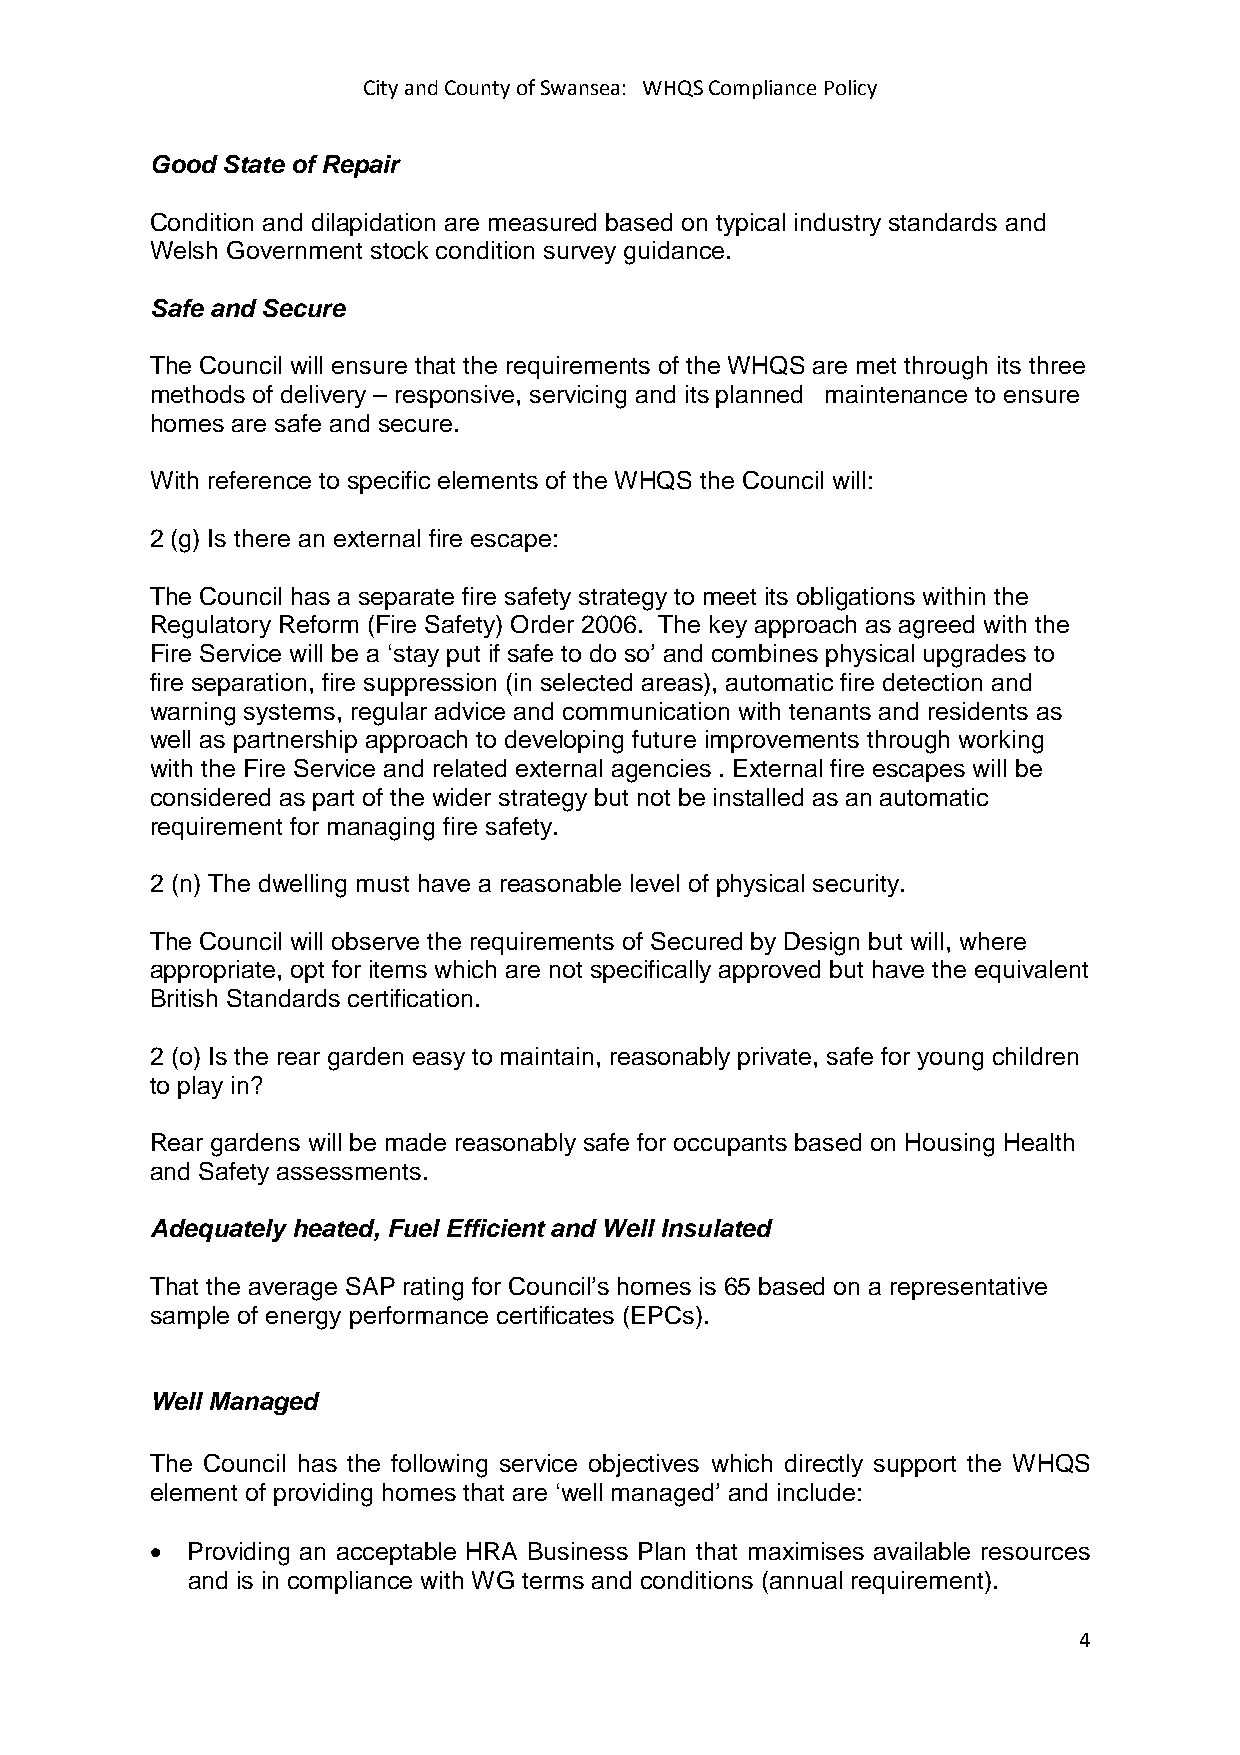
City and County of Swansea: WHQS Compliance Policy
 Good State of Repair
 Condition and dilapidation are measured based on typical industry standards and
 Welsh Government stock condition survey guidance.
 Safe and Secure
 The Council will ensure that the requirements of the WHQS are met through its three
 methods of delivery – responsive, servicing and its planned maintenance to ensure
 homes are safe and secure.
 With reference to specific elements of the WHQS the Council will:
 2 (g) Is there an external fire escape:
 The Council has a separate fire safety strategy to meet its obligations within the
 Regulatory Reform (Fire Safety) Order 2006. The key approach as agreed with the
 Fire Service will be a ‘stay put if safe to do so’ and combines physical upgrades to
 fire separation, fire suppression (in selected areas), automatic fire detection and
 warning systems, regular advice and communication with tenants and residents as
 well as partnership approach to developing future improvements through working
 with the Fire Service and related external agencies . External fire escapes will be
 considered as part of the wider strategy but not be installed as an automatic
 requirement for managing fire safety.
 2 (n) The dwelling must have a reasonable level of physical security.
 The Council will observe the requirements of Secured by Design but will, where
 appropriate, opt for items which are not specifically approved but have the equivalent
 British Standards certification.
 2 (o) Is the rear garden easy to maintain, reasonably private, safe for young children
 to play in?
 Rear gardens will be made reasonably safe for occupants based on Housing Health
 and Safety assessments.
 Adequately heated, Fuel Efficient and Well Insulated
 That the average SAP rating for Council’s homes is 65 based on a representative
 sample of energy performance certificates (EPCs).
 Well Managed
 The Council has the following service objectives which directly support the WHQS
 element of providing homes that are ‘well managed’ and include:
 • Providing an acceptable HRA Business Plan that maximises available resources
 and is in compliance with WG terms and conditions (annual requirement).
 4